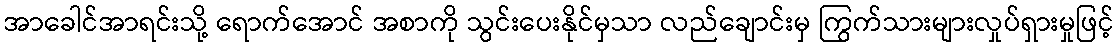
အာခေါင်အာရင်းသို့ ရောက်အောင် အစာကို သွင်းပေးနိုင်မှသာ လည်ချောင်းမှ ကြွက်သားများလှုပ်ရှားမှုဖြင့်